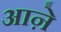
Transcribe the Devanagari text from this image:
आऩे